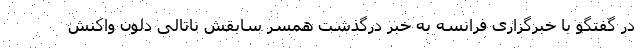
در گفتگو با خبرگزاری فرانسه به خبر درگذشت همسر سابقش ناتالی دلون واکنش